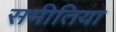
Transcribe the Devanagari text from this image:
समीतिया